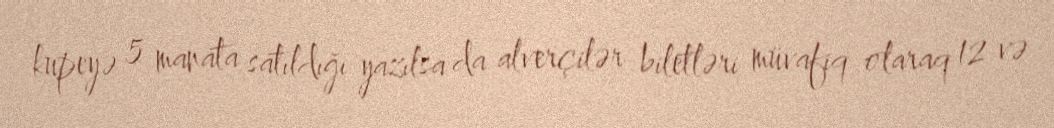
kupeyə 5 manata satıldığı yazılsa da alverçilər biletləri müvafiq olaraq 12 və